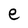
Character: e